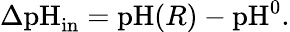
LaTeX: \begin{array}{r}{\Delta\textrm{pH}_{\textrm{in}}=\textrm{pH}(R)-\textrm{pH}^{0}.}\end{array}